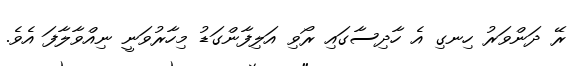
ރޭ ދަންވަރު ހިނގި އެ ހާދިސާގައި ރޯވި އަލިފާންގަޑު މިހާރުވަނީ ނިއްވާލާފަ އެވެ.